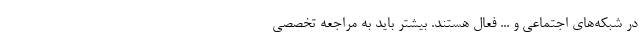
در شبکه‌های اجتماعی و ... فعال هستند. بیشتر باید به مراجعه تخصصی